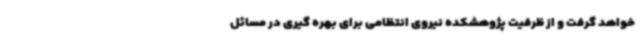
خواهد گرفت و از ظرفیت پژوهشکده نیروی انتظامی برای بهره گیری در مسائل